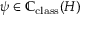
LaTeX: \psi \in \mathbb { C } _ { \mathrm { c l a s s } } ( H )